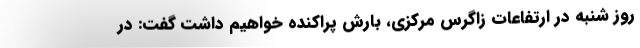
روز شنبه در ارتفاعات زاگرس مرکزی، بارش پراکنده خواهیم داشت گفت: در